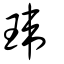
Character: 瑋